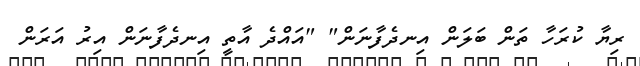
ރިޔާ ކުރަހާ ތަން ބަލަން އިނދެފާނަން" "އައްދެ އާތީ އިނދެފާނަން އިރު އަރަން